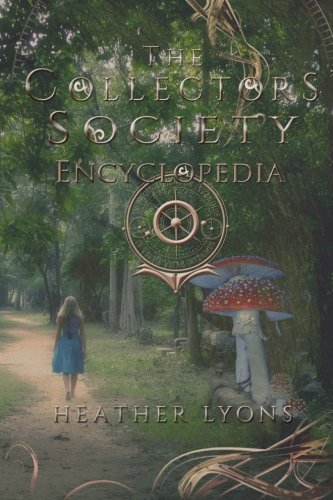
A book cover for The Collector's Society Encyclopedia; Heather Lyons; Reference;